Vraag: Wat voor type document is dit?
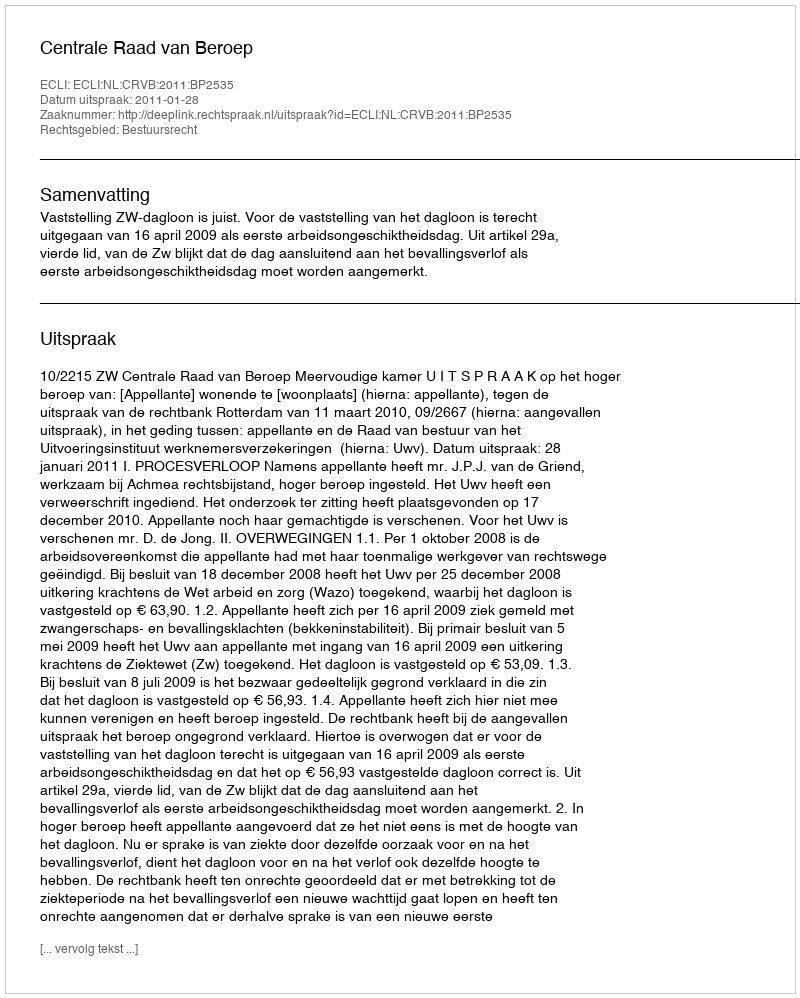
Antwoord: Uitspraak